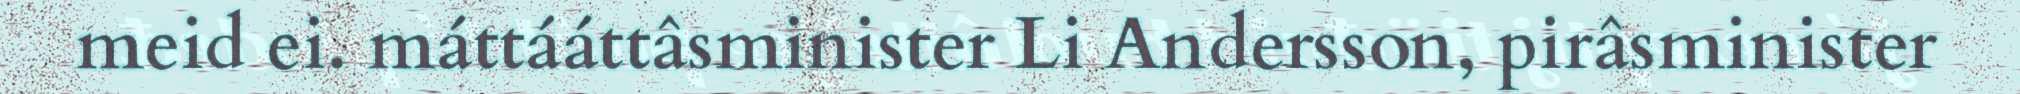
meid ei. máttááttâsminister Li Andersson, pirâsminister